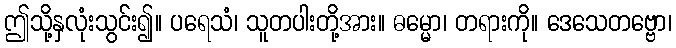
ဤသို့နှလုံးသွင်း၍။ ပရေသံ၊ သူတပါးတို့အား။ ဓမ္မော၊ တရားကို။ ဒေသေတဗ္ဗော၊